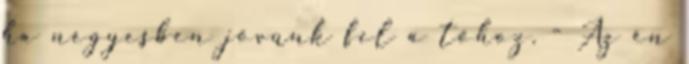
ha négyesben jövünk fel a tóhoz. - Az én